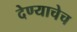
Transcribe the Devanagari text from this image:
देण्याचेच